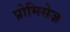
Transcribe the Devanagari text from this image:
प्रोमिसेज़